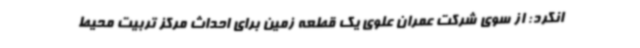
انکرد: از سوی شرکت عمران علوی یک قطعه زمین برای احداث مرکز تربیت محیط